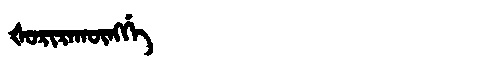
Manchu: ᡧᠣᡵᡳᡵᠠᡴᡡᠩᡤᡝ
Romanization: ŠORIRAKŪNGGE